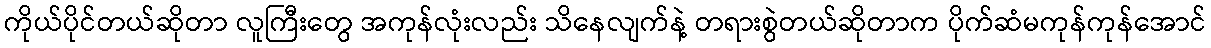
ကိုယ်ပိုင်တယ်ဆိုတာ လူကြီးတွေ အကုန်လုံးလည်း သိနေလျက်နဲ့ တရားစွဲတယ်ဆိုတာက ပိုက်ဆံမကုန်ကုန်အောင်